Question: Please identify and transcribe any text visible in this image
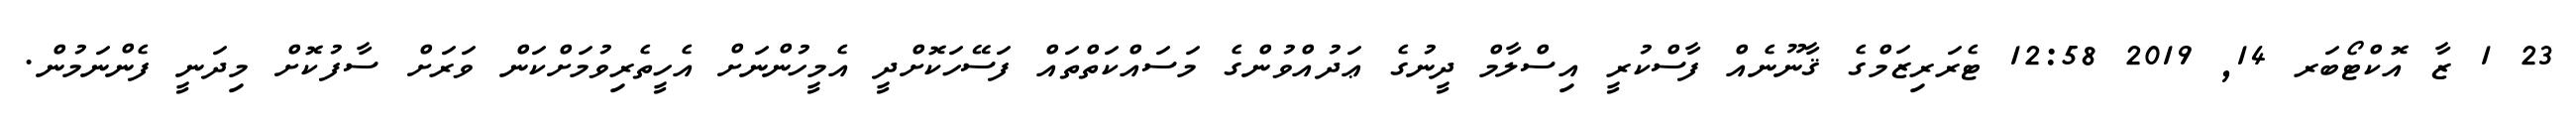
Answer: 23 1 ޒާ އޮކްޓޯބަރ 14, 2019 12:58 ޓެރަރިޒަމްގެ ޤާނޫނެއް ފާސްކުރީ އިސްލާމް ދީނުގެ ޢަދުއްވުންގެ މަސައްކަތްތައް ފަސޭހަކޮށްދީ އެމީހުންނަށް އެހީތެރިވުމަށްކަން ވަރަށް ސާފުކޮށް މިދަނީ ފެންނަމުން.